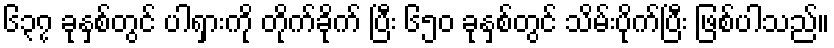
၆၃၇ ခုနှစ်တွင် ပါရှားကို တိုက်ခိုက် ပြီး ၆၅၀ ခုနှစ်တွင် သိမ်းပိုက်ပြီး ဖြစ်ပါသည်။